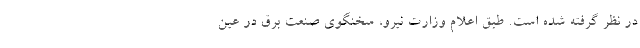
در نظر گرفته شده است. طبق اعلام وزارت نیرو، سخنگوی صنعت برق در عین